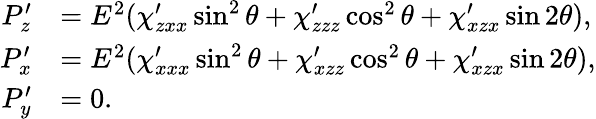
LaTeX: \begin{array}{rl}{P_{z}^{\prime}}&{=E^{2}(\chi_{zxx}^{\prime}\sin^{2}\theta+\chi_{zzz}^{\prime}\cos^{2}\theta+\chi_{xzx}^{\prime}\sin 2\theta),}\\ {P_{x}^{\prime}}&{=E^{2}(\chi_{xxx}^{\prime}\sin^{2}\theta+\chi_{xzz}^{\prime}\cos^{2}\theta+\chi_{xzx}^{\prime}\sin 2\theta),}\\ {P_{y}^{\prime}}&{=0.}\end{array}